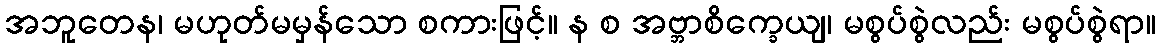
အဘူတေန၊ မဟုတ်မမှန်သော စကားဖြင့်။ န စ အဗ္ဘာစိက္ခေယျ၊ မစွပ်စွဲလည်း မစွပ်စွဲရာ။